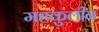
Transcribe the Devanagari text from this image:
महकुलीन